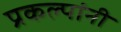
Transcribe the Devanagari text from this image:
प्रकल्पांनी